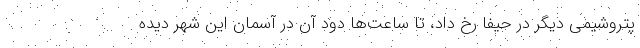
پتروشیمی دیگر در حیفا رخ داد، تا ساعت‌ها دود آن در آسمان این شهر دیده